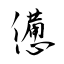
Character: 憊